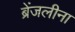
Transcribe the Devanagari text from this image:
ब्रेंजलीना